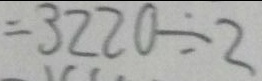
= 3 2 2 0 \div 2